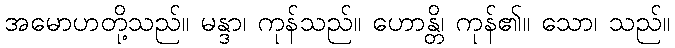
အမောဟတို့သည်။ မန္ဒာ၊ ကုန်သည်။ ဟောန္တိ၊ ကုန်၏။ သော၊ သည်။